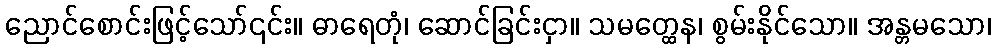
ညောင်စောင်းဖြင့်သော်၎င်း။ ဓာရေတုံ၊ ဆောင်ခြင်းငှာ။ သမတ္ထေန၊ စွမ်းနိုင်သော။ အန္တမသော၊